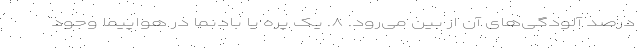
درصد آلودگی‌های آن از بین می‌رود. ۸. یک پره یا بادنما در هواپیما وجود